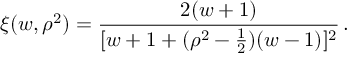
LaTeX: \xi ( w , \rho ^ { 2 } ) = \frac { 2 ( w + 1 ) } { [ w + 1 + ( \rho ^ { 2 } - \frac { 1 } { 2 } ) ( w - 1 ) ] ^ { 2 } } \, .